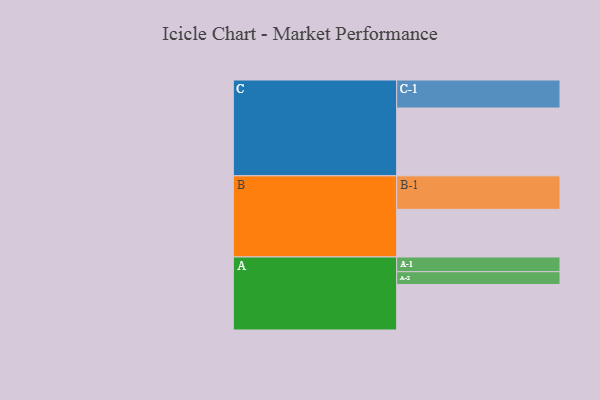
{"axis": {"x": "Segment", "y": "Value"}, "legend": ["", "A", "B", "C"], "data": [{"x": "A", "y": 325, "type": ""}, {"x": "B", "y": 340, "type": ""}, {"x": "C", "y": 484, "type": ""}, {"x": "A-1", "y": 105, "type": "A"}, {"x": "A-2", "y": 91, "type": "A"}, {"x": "B-1", "y": 239, "type": "B"}, {"x": "C-1", "y": 200, "type": "C"}]}